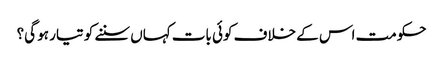
حکومت اس کے خلاف کوئی بات کہاں سننے کو تیار ہو گی؟